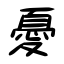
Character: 憂